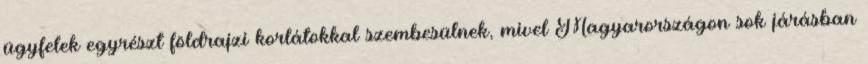
ügyfelek egyrészt földrajzi korlátokkal szembesülnek, mivel Magyarországon sok járásban